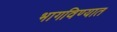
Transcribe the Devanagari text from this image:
भागविण्यात